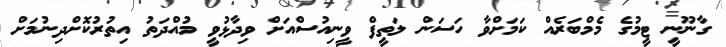
ގާނޫނީ ޓީމުގެ މެމްބަރެއް ކަމަށްވާ ހަސަން ލަތީފް ވީނިއުސްއަށް ވިދާޅުވީ މުއްދަތު އިތުރުކޮށްދިނުމަށް